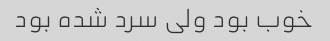
خوب بود ولی سرد شده بود